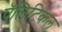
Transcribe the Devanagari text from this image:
पॅलिटिकल